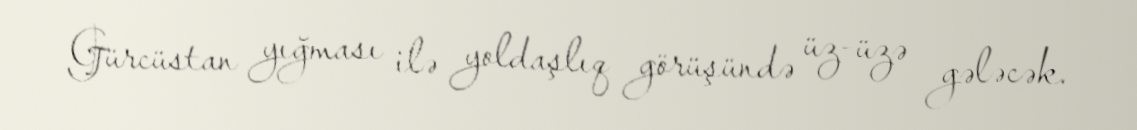
Gürcüstan yığması ilə yoldaşlıq görüşündə üz-üzə gələcək.